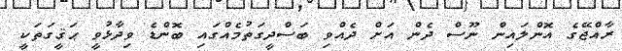
ރާއްޖޭގެ އޮންލައިން ނޫސް ދެން އަށް ދެއްވި ބަސްދީގަތުމެއްގައި ބޮންޑެ ވިދާޅުވީ ޙަޤީގަތަކީ